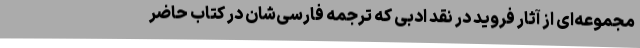
مجموعه‌ای از آثار فروید در نقد ادبی که ترجمه‌ فارسی‌شان در کتاب حاضر